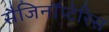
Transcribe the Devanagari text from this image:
सैजिनॉप्टेरिस